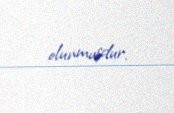
olunmuşdur.